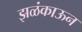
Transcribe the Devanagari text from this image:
झळंकाऊन